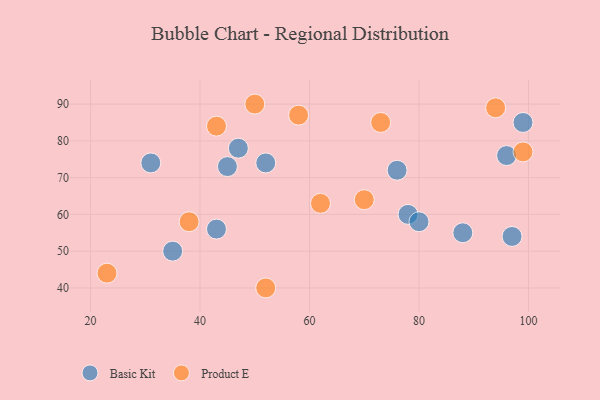
{"axis": {"x": "GDP", "y": "Life Expectancy"}, "legend": ["Basic Kit", "Product E"], "data": [{"x": "76", "y": 72, "type": "Basic Kit"}, {"x": "99", "y": 85, "type": "Basic Kit"}, {"x": "78", "y": 60, "type": "Basic Kit"}, {"x": "45", "y": 73, "type": "Basic Kit"}, {"x": "31", "y": 74, "type": "Basic Kit"}, {"x": "80", "y": 58, "type": "Basic Kit"}, {"x": "47", "y": 78, "type": "Basic Kit"}, {"x": "97", "y": 54, "type": "Basic Kit"}, {"x": "43", "y": 56, "type": "Basic Kit"}, {"x": "52", "y": 74, "type": "Basic Kit"}, {"x": "88", "y": 55, "type": "Basic Kit"}, {"x": "35", "y": 50, "type": "Basic Kit"}, {"x": "96", "y": 76, "type": "Basic Kit"}, {"x": "94", "y": 89, "type": "Product E"}, {"x": "52", "y": 40, "type": "Product E"}, {"x": "73", "y": 85, "type": "Product E"}, {"x": "23", "y": 44, "type": "Product E"}, {"x": "99", "y": 77, "type": "Product E"}, {"x": "70", "y": 64, "type": "Product E"}, {"x": "38", "y": 58, "type": "Product E"}, {"x": "62", "y": 63, "type": "Product E"}, {"x": "58", "y": 87, "type": "Product E"}, {"x": "43", "y": 84, "type": "Product E"}, {"x": "50", "y": 90, "type": "Product E"}]}